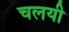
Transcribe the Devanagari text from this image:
चलयी